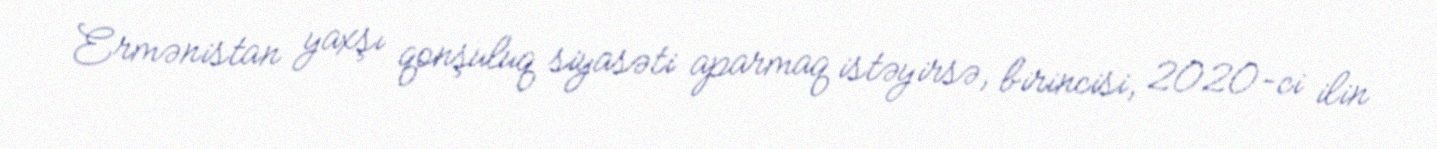
Ermənistan yaxşı qonşuluq siyasəti aparmaq istəyirsə, birincisi, 2020-ci ilin